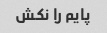
پایم را نکش